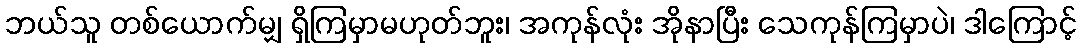
ဘယ်သူ တစ်ယောက်မျှ ရှိကြမှာမဟုတ်ဘူး၊ အကုန်လုံး အိုနာပြီး သေကုန်ကြမှာပဲ၊ ဒါကြောင့်